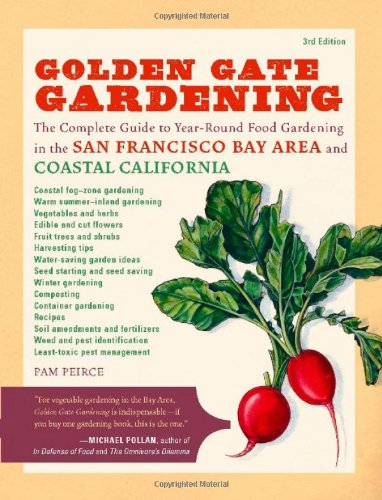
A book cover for Golden Gate Gardening, 3rd Edition: The Complete Guide to Year-Round Food Gardening in the San Francisco Bay Area & Coastal California; Pamela Peirce; Crafts, Hobbies & Home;